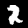
Label: 2